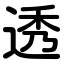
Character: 透